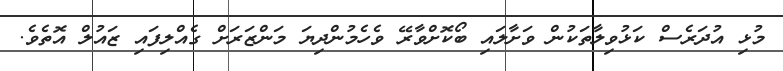
މުޅި އުދަރެސް ކަޅުވިލާތަކުން ވަށާލައި ބޯކޮށްވާރޭ ވެހެމުންދިޔަ މަންޒަރަށް ގެއްލިފައި ޒައުލް އޮތެވެ.